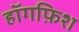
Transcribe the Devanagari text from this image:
हॉगफ़िश